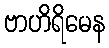
ဗာဟိရိမေန